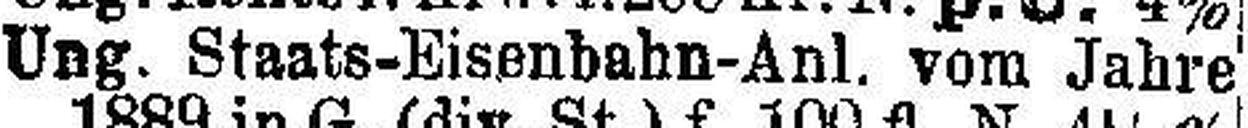
Ung. Staats-Eisenbahn-Anl. vom Jahre